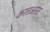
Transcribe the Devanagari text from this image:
करतअसत